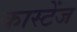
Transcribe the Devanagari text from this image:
कास्टेंज